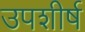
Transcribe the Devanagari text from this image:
उपशीर्ष